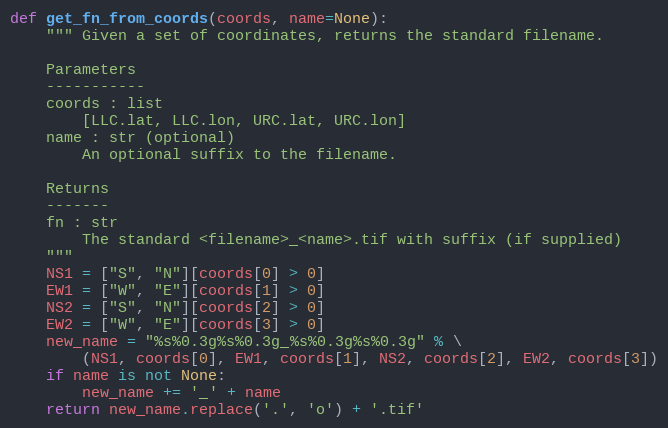
Language: Python
def get_fn_from_coords(coords, name=None):
    """ Given a set of coordinates, returns the standard filename.

    Parameters
    -----------
    coords : list
        [LLC.lat, LLC.lon, URC.lat, URC.lon]
    name : str (optional)
        An optional suffix to the filename.

    Returns
    -------
    fn : str
        The standard <filename>_<name>.tif with suffix (if supplied)
    """
    NS1 = ["S", "N"][coords[0] > 0]
    EW1 = ["W", "E"][coords[1] > 0]
    NS2 = ["S", "N"][coords[2] > 0]
    EW2 = ["W", "E"][coords[3] > 0]
    new_name = "%s%0.3g%s%0.3g_%s%0.3g%s%0.3g" % \
        (NS1, coords[0], EW1, coords[1], NS2, coords[2], EW2, coords[3])
    if name is not None:
        new_name += '_' + name
    return new_name.replace('.', 'o') + '.tif'